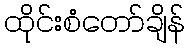
ထိုင်းစံတော်ချိန်